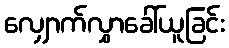
လျှောက်လွှာခေါ်ယူခြင်း